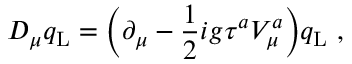
D _ { \mu } q _ { \mathrm { L } } = \Bigl ( \partial _ { \mu } - \frac { 1 } { 2 } i g \tau ^ { a } V _ { \mu } ^ { a } \Bigr ) q _ { \mathrm { L } } \ ,